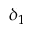
\delta _ { 1 }